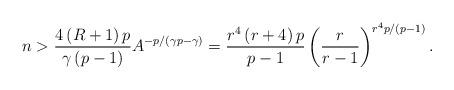
LaTeX: \begin{align*}n>\frac{4\left( R+1\right) p}{\gamma\left( p-1\right) }A^{-p/\left(\gamma p-\gamma\right) }=\frac{r^{4}\left( r+4\right) p}{p-1}\left(\frac{r}{r-1}\right) ^{r^{4}p/\left( p-1\right) }.\end{align*}